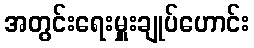
အတွင်းရေးမှူးချုပ်ဟောင်း